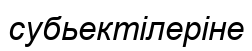
субьектілеріне